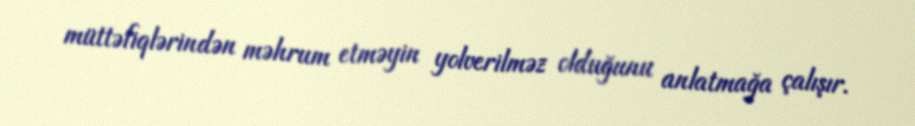
müttəfiqlərindən məhrum etməyin yolverilməz olduğunu anlatmağa çalışır.